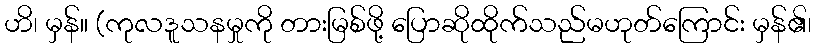
ဟိ၊ မှန်။ (ကုလဒူသနမှုကို တားမြစ်ဖို့ ပြောဆိုထိုက်သည်မဟုတ်ကြောင်း မှန်၏၊